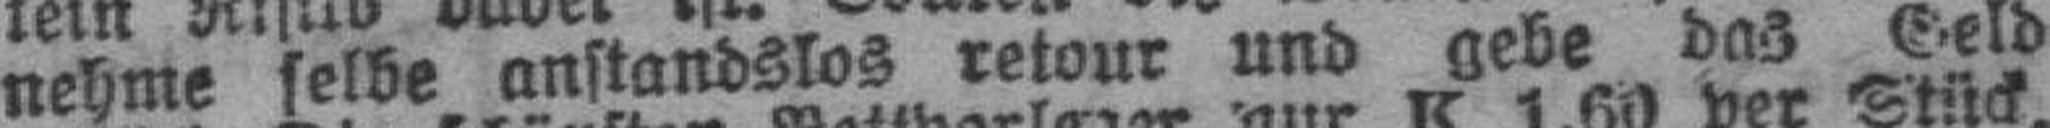
nehme selbe anstandslos retour und gebe das Geld